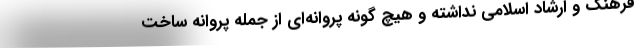
فرهنگ و ارشاد اسلامی نداشته و هیچ گونه پروانه‌ای از جمله پروانه ساخت